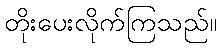
တိုးပေးလိုက်ကြသည်။